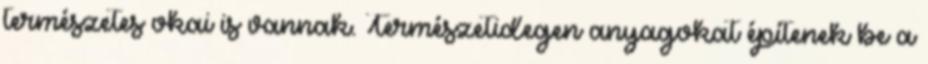
természetes okai is vannak. Természetidegen anyagokat építenek be a